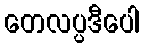
တေလပ္ပဒီပေါ